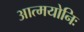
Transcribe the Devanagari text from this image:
आत्मयोनिः